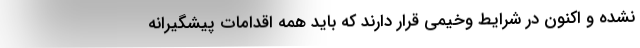
نشده و اکنون در شرایط وخیمی قرار دارند که باید همه اقدامات پیشگیرانه